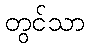
တွင်သာ